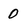
Character: 0